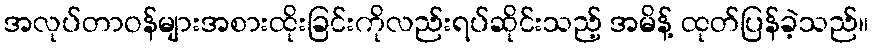
အလုပ်တာဝန်များအစားထိုးခြင်းကိုလည်းရပ်ဆိုင်းသည့် အမိန့် ထုတ်ပြန်ခဲ့သည်။